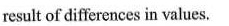
result of differences in values.